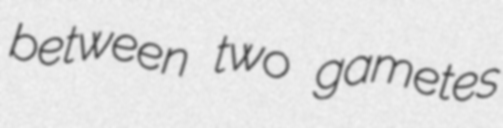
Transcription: between two gametes